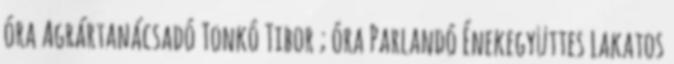
óra Agrártanácsadó Tonkó Tibor ; óra Parlandó Énekegyüttes Lakatos